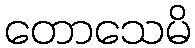
တောသေမိ